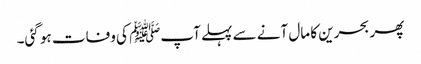
پھر بحرین کا مال آنے سے پہلے آپﷺ کی وفات ہو گئی۔